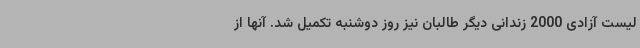
لیست آزادی 2000 زندانی دیگر طالبان نیز روز دوشنبه تکمیل شد. آنها از